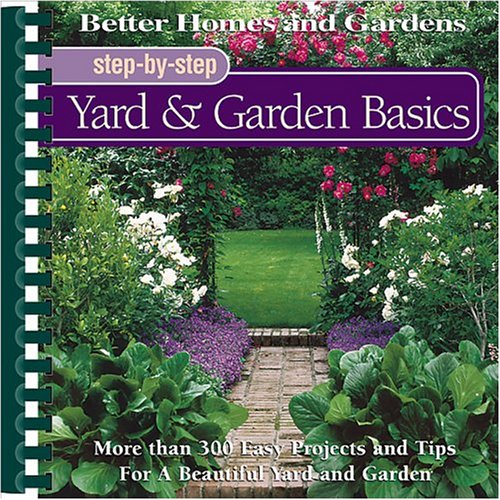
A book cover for Yard & Garden Basics (Better Homes and Gardens(R): Step-By-Step Series); Better Homes and Gardens; Crafts, Hobbies & Home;